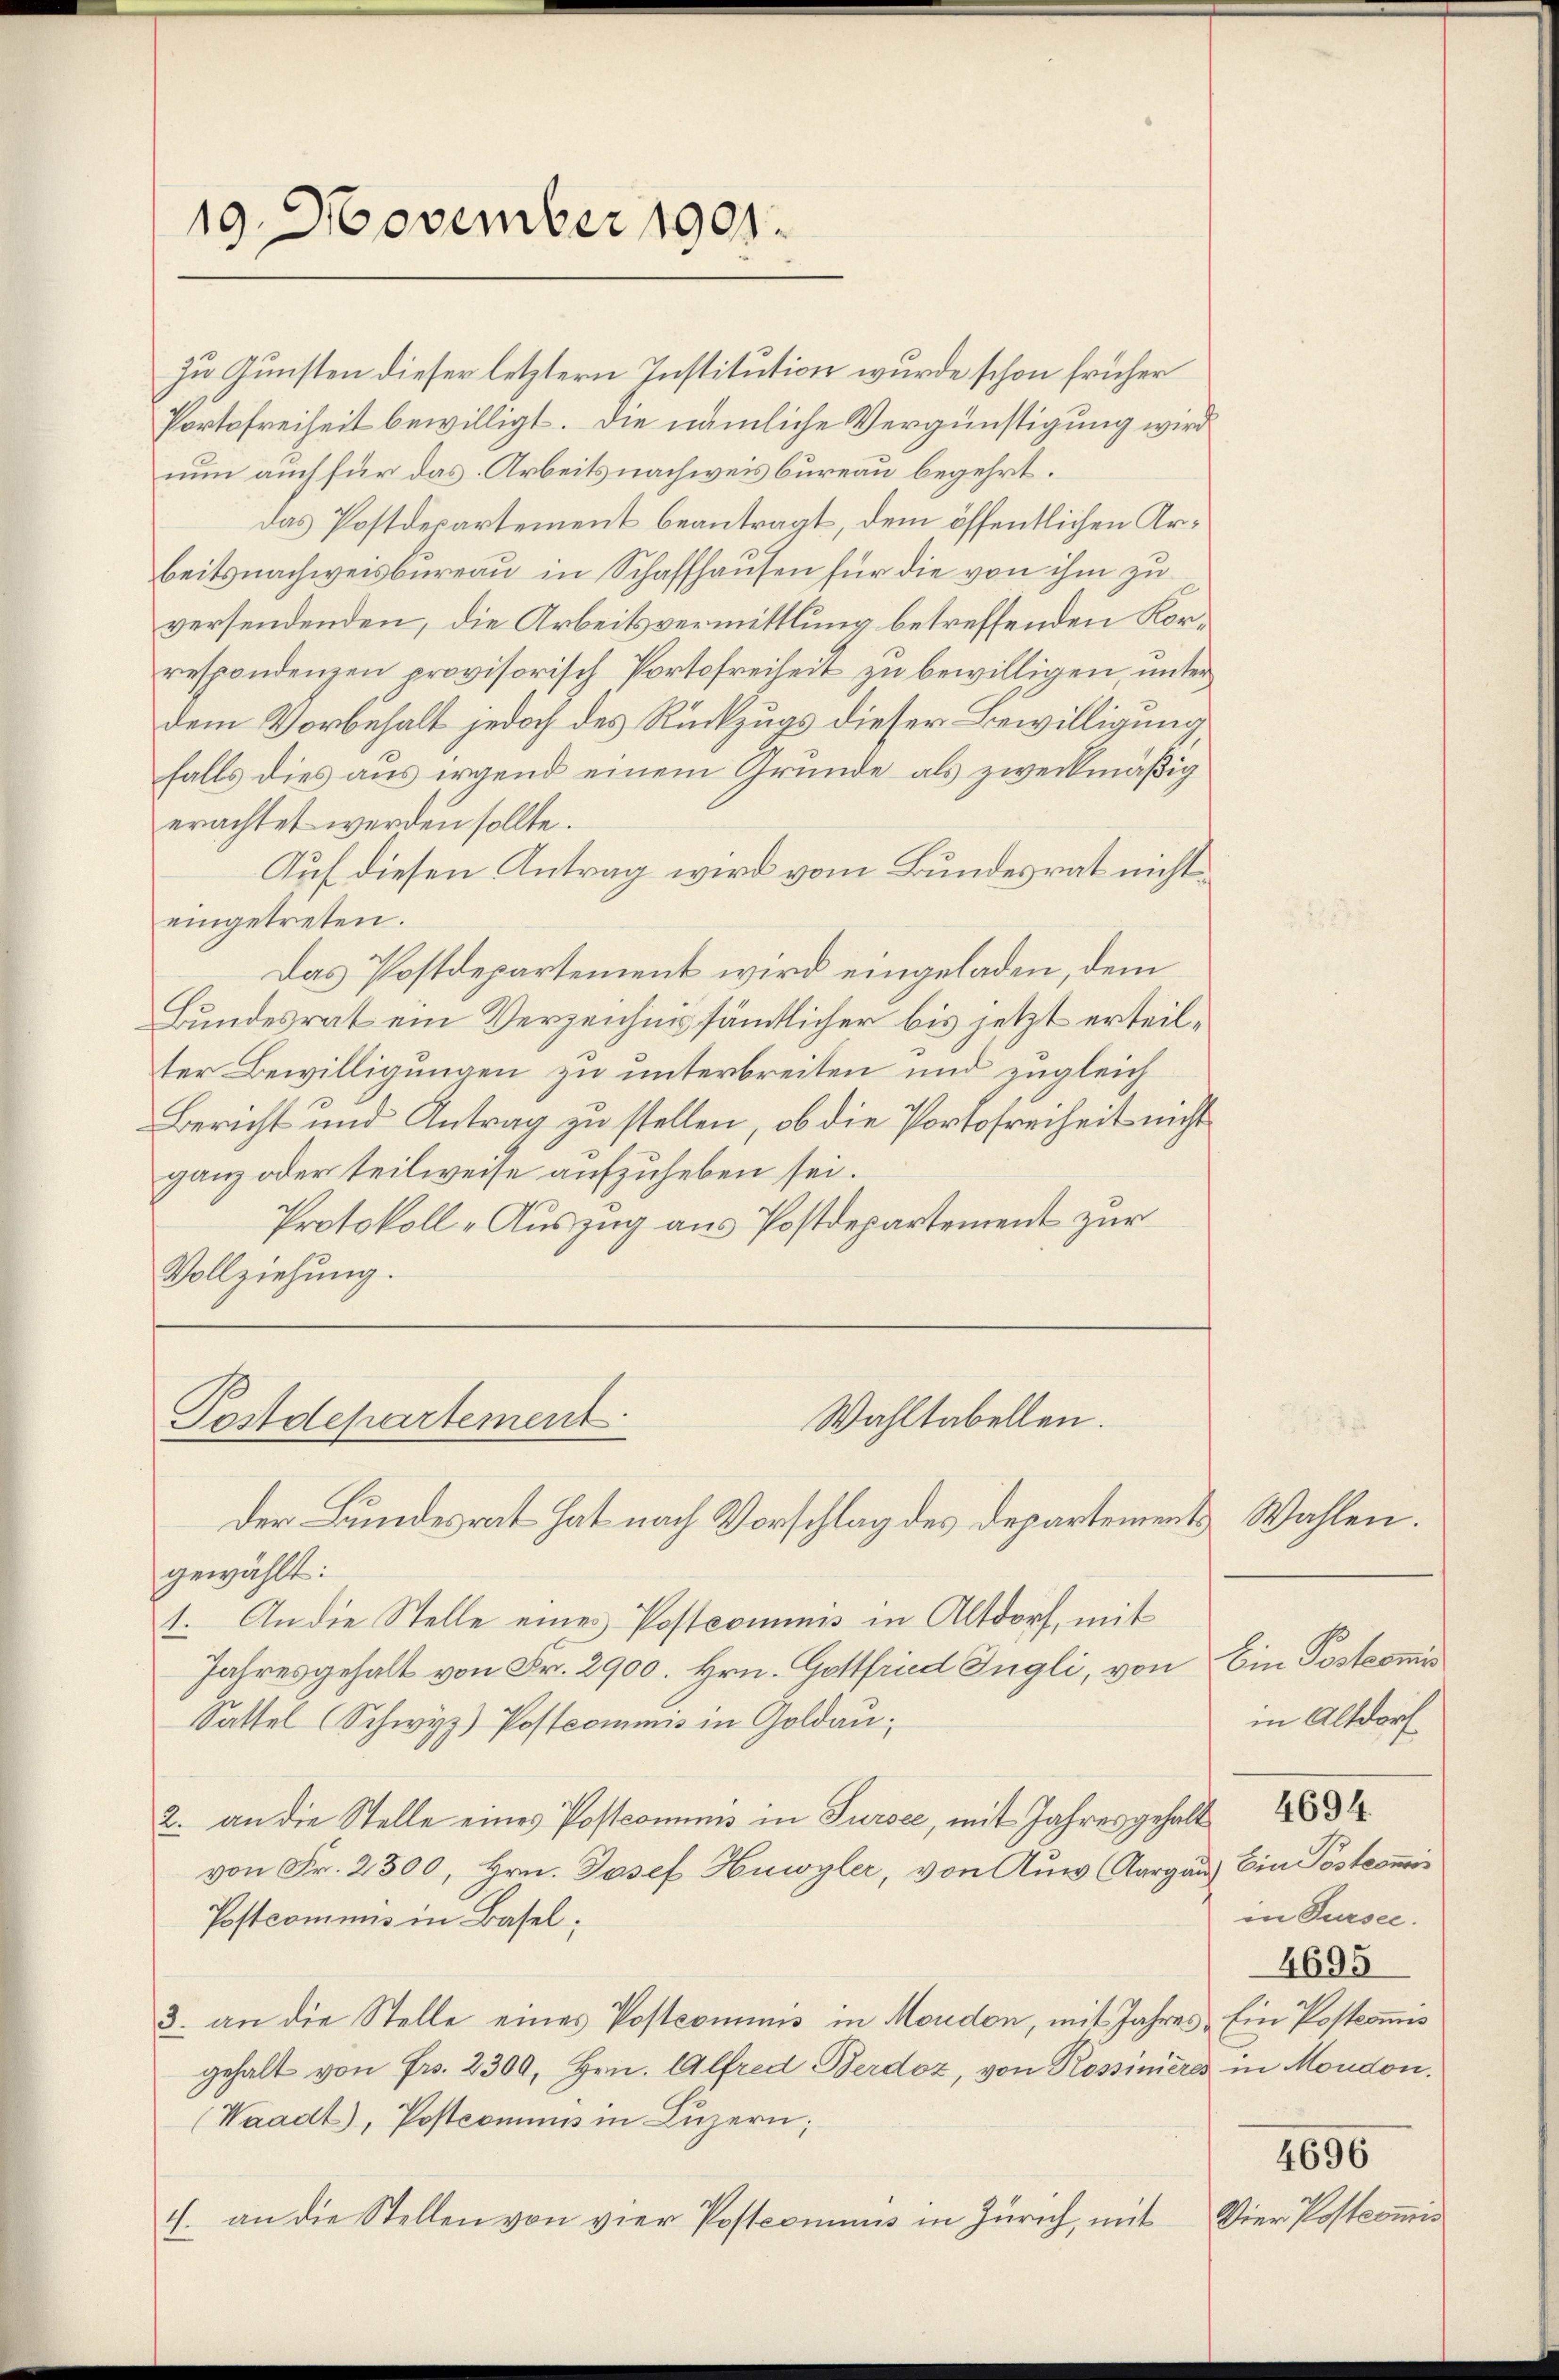
19. November 1901.

Wahltabellen.
Postdepartement.
Der Bundesrat hat nach Vorschlag des Departement

zu Gunsten dieser letztern Institution wurde schon früher
Portofreiheit bewilligt. Die nämliche Vergünstigung wird
nun auch für das Arbeitsnachweis bureau begehrt.
das Postdepartement beantragt, dem öffentlichen Arbeitsnachweisbureau in Schaffhausen für die von ihm zu
versendenden, die Arbeitsvermittlung betreffenden Korrespondenzen provisorisch Portofreiheit zu bewilligen unter
dem Vorbehalt jedoch des Rückzugs dieser Bewilligung,
falls dies aus irgend einem Gründe als zweckmäßig
erachtet werden sollte.
Auf diesen Antrag wird vom Bundesrat nichteingetreten.
Das Postdepartement wird eingeladen, dem
Bundesrat ein Verzeichnis sämtlicher bis jetzt erteilter Bewilligungen zu unterbreiten und zugleich
Bericht und Antrag zu stellen, ob die Portofreiheit nicht
ganz oder teilweise aufzuheben sei.
Protokoll „Auszug aus Postdepartement zur
Vollziehung.

gewählt:
1. An die Stelle eines Postcommis in Altdorf, mit
Jahresgehalt von Fr. 2900. Hrn. Gottfried Ingli, von Ein Postcomis
Sattel (Schwyz) Postcommis in Goldau,
2. an die Stelle eines Postcommis in Sursee, mit Jahresgehalt 1883
von Fr. 2300, Hrn. Josef Huwyler, von Aus Aargau) Ein Postcommis
Postcommis in Basel;
3. an die Stelle eines Postcommis in Moudon, mit Jahresgehalt von Fr. 2300, Hrn. Alfred Berdoz, von Rossiniers in Moudon,
(Waadt, Postcommis in Luzern;
4. an die Stellen von vier Posteriums in Zürich, mit

Wahlen.
in Altdorf
in Sursee.
4695
Ein Postcommis
4696
Vier Postcommis